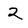
Character: 2